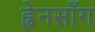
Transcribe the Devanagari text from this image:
ह्वेनसाँग